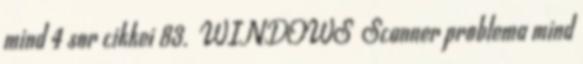
mind 4 sor cikkei 83. WINDOWS Scanner problema mind